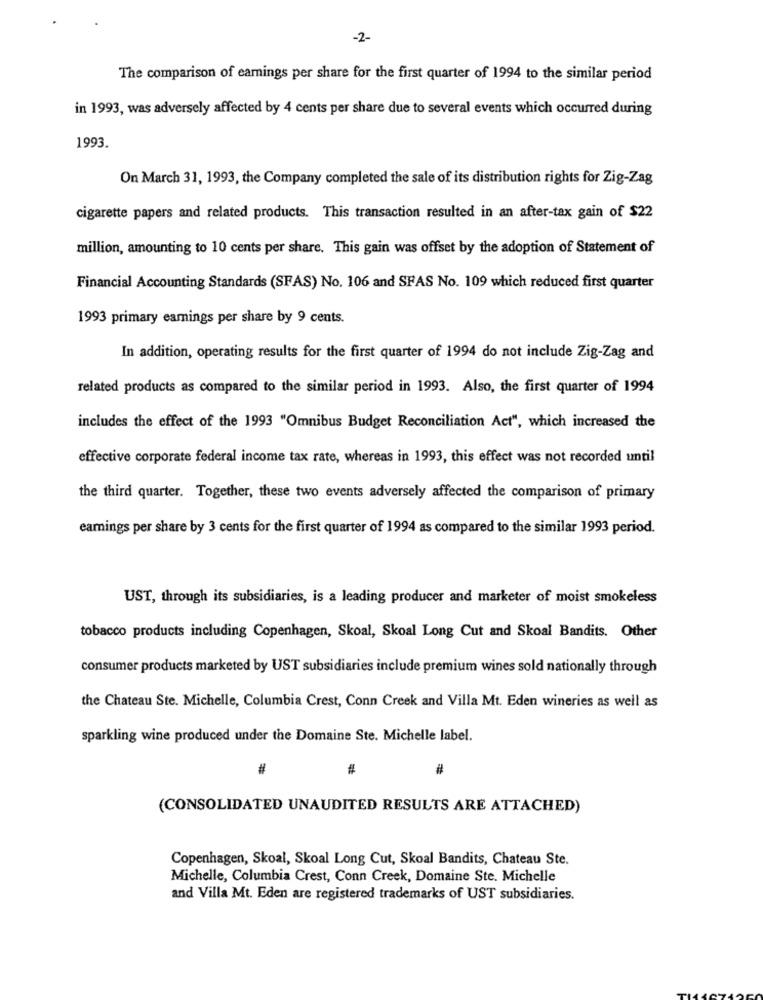
-2-
The comparison of earnings per share for the first quarter of 1994 to the similar period
in 1993, was adversely affected by 4 cents per share due to several events which occurred during
1993.
On March 31, 1993, the Company completed the sale of its distribution rights for Zig-Zag
cigarette papers and related products. This transaction resulted in an after-tax gain of $22
million, amounting to 10 cents per share. This gain was offset by the adoption of Statement of
Financial Accounting Standards (SFAS) No. 106 and SFAS No. 109 which reduced first quarter
1993 primary earnings per share by 9 cents.
In addition, operating results for the first quarter of 1994 do not include Zig-Zag and
related products as compared to the similar period in 1993. Also, the first quarter of 1994
includes the effect of the 1993 "Omnibus Budget Reconciliation Act", which increased the
effective corporate federal income tax rate, whereas in 1993, this effect was not recorded until
the third quarter. Together, these two events adversely affected the comparison of primary
earnings per share by 3 cents for the first quarter of 1994 as compared to the similar 1993 period.
UST, through its subsidiaries, is a leading producer and marketer of moist smokeless
tobacco products including Copenhagen, Skoal, Skoal Long Cut and Skoal Bandits. Other
consumer products marketed by UST subsidiaries include premium wines sold nationally through
the Chateau Ste. Michelle, Columbia Crest, Conn Creek and Villa Mt. Eden wineries as well as
sparkling wine produced under the Domaine Ste. Michelle label.
#
#
#
(CONSOLIDATED UNAUDITED RESULTS ARE ATTACHED)
Copenhagen, Skoal, Skoal Long Cut, Skoal Bandits, Chateau Ste.
Michelle, Columbia Crest, Conn Creek, Domaine Ste. Michelle
and Villa Mt. Eden are registered trademarks of UST subsidiaries.